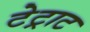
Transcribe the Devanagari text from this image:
टेट्राट